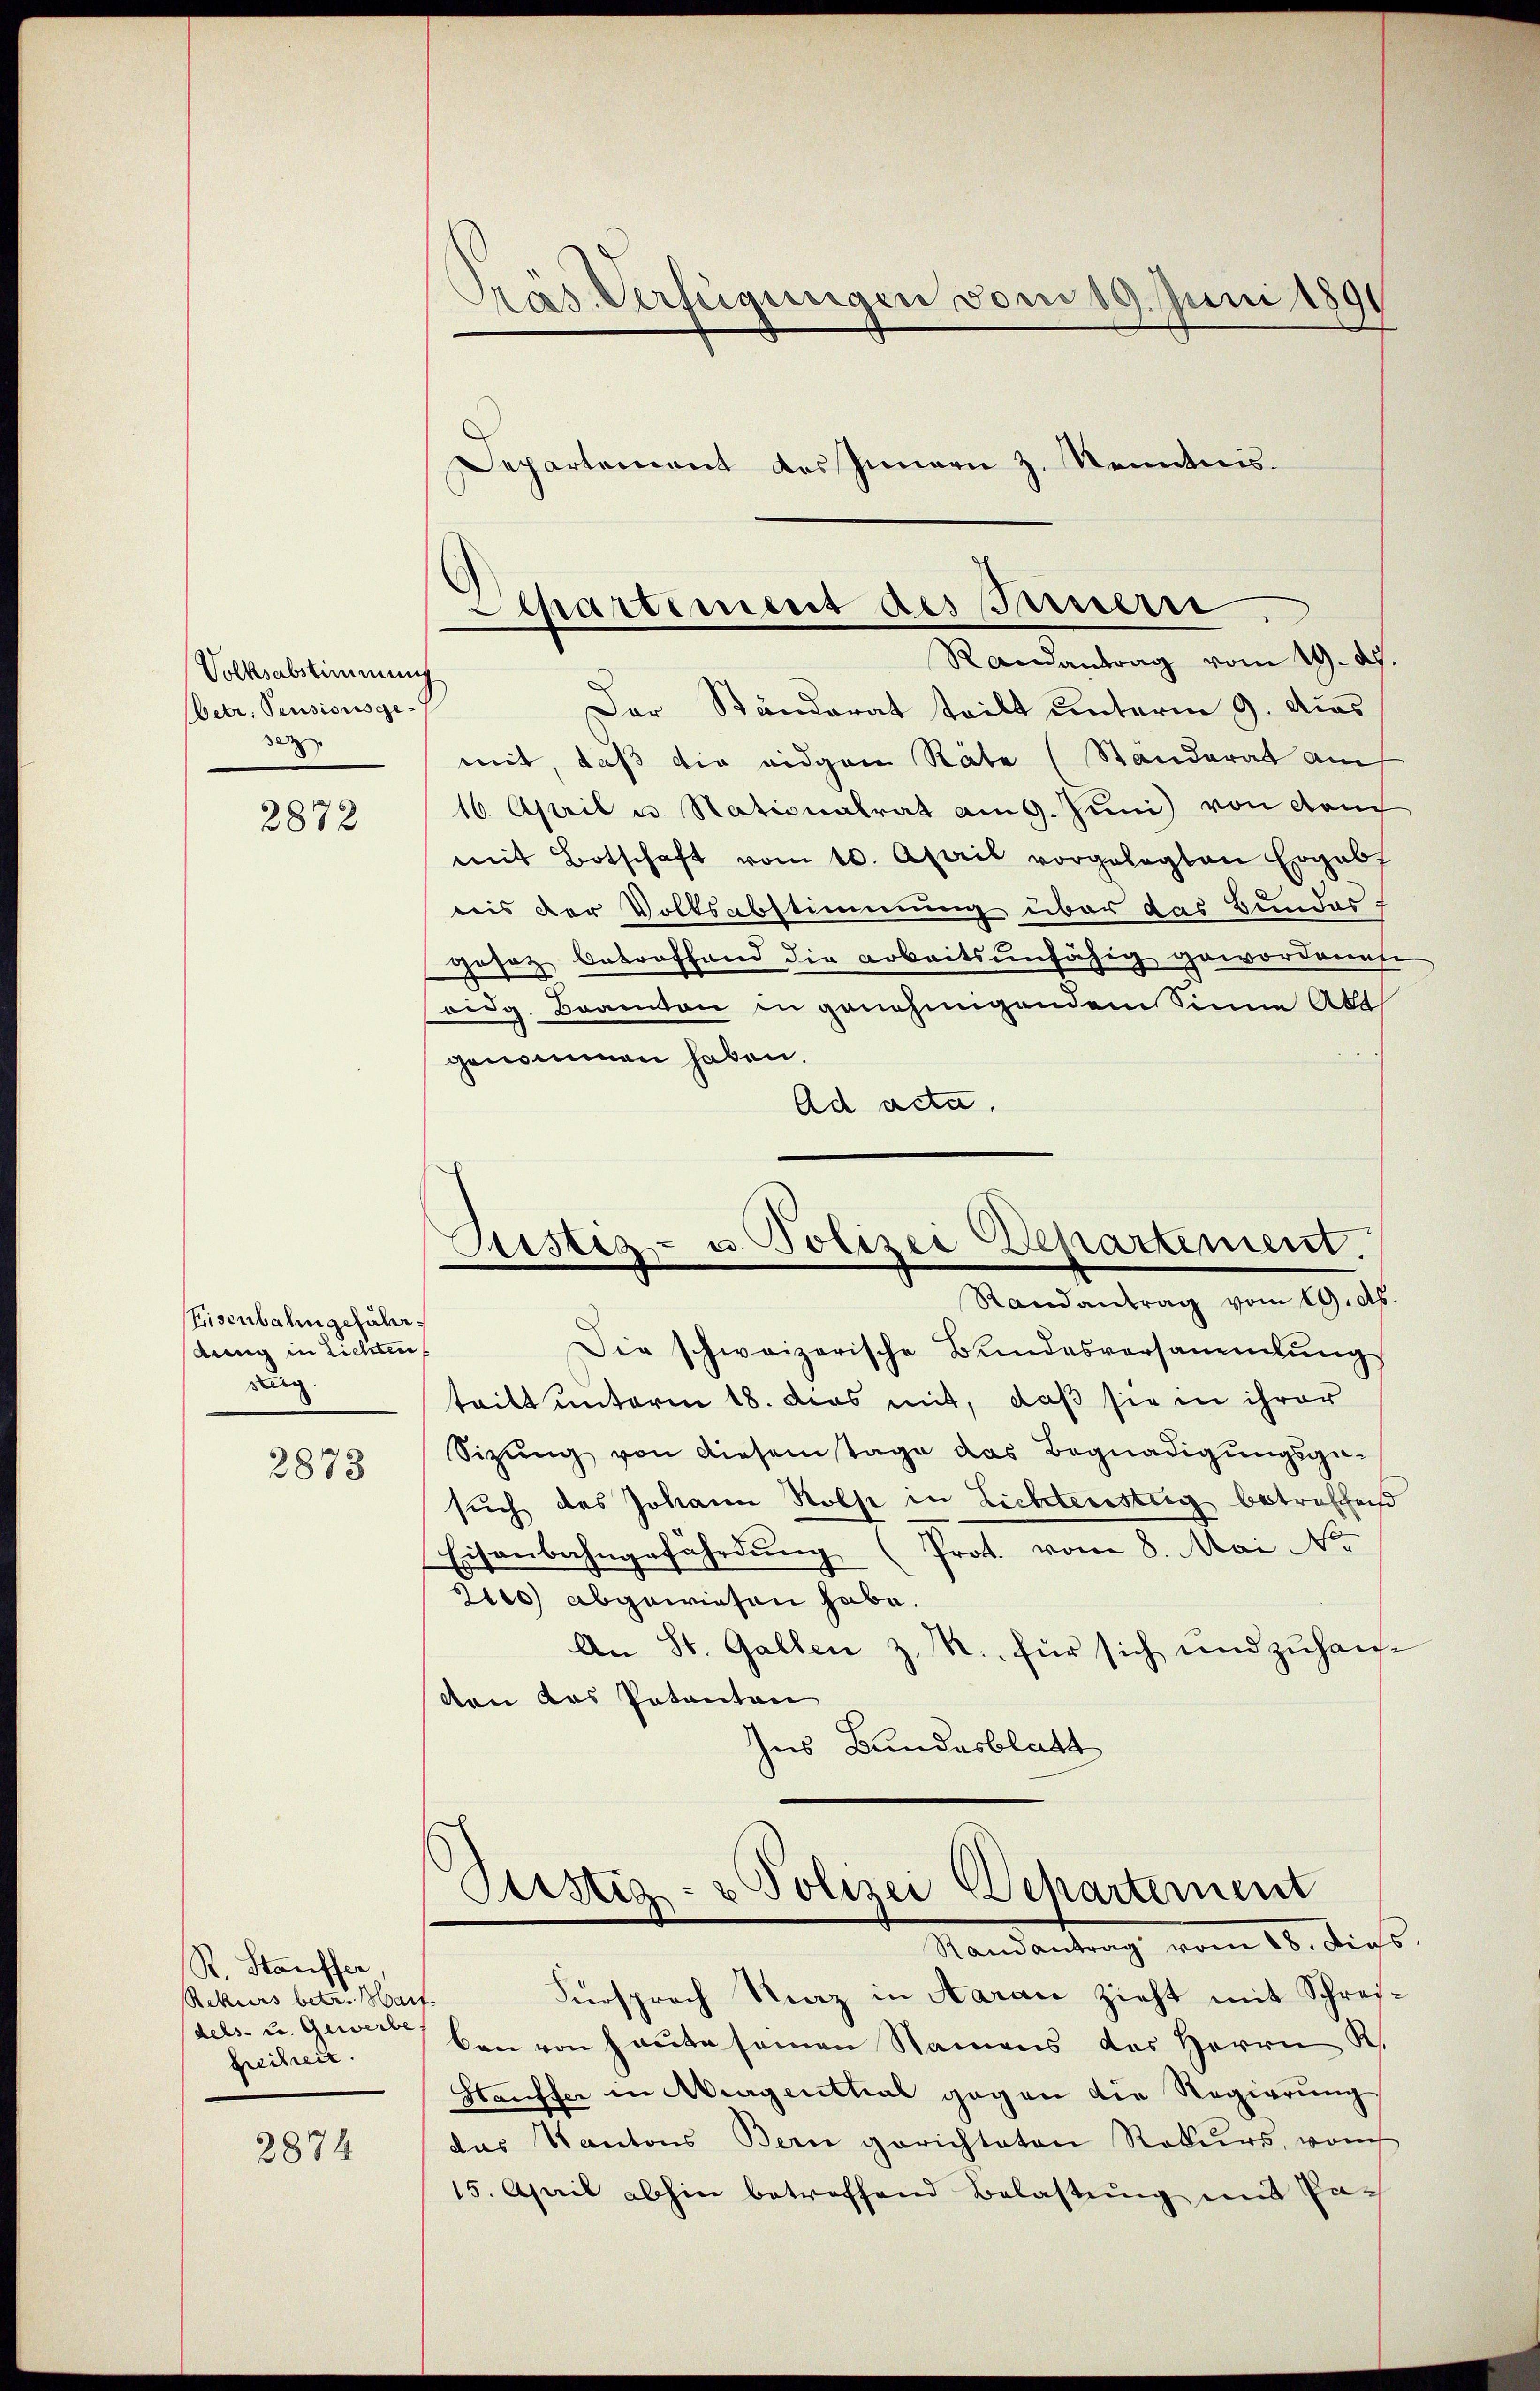
Volksabstimmung
betr. Pensionsgese

2872

Eisenbahngefährdung in Lichten
Berg

2873

R. Stauffer
Rekurs betr. Man
dels- u. Gewerbe
freiheit.

2874

Präs. Verfügungen vom 19. Juni 1891
Departement des Innern z. Kenntnis.

Der Ständerat teilt unterm 9. Aus
mit, daß die eidgen Räte (Standerat am
16. April u. Stationalrat am 9. Juni von dem
mit Botschaft vom 10. April vorgelegten Ergabt
nis der Volksabstimmung über das Bundes-
gesetz betroffend die arbeitsunfähig gewordenen
oidg. Brandon in genehmigendem Sinne Abt
genommen haben.
Ad acta,
Die schweizerische Bundesversammlung
tritt unterm 18. Das mit, daß sie in ihrer
Sizŭng von diesem tage das Begnadigŭngsge-
such des Johann Rolf in Lichtersteig betreffend
Eisenbahngefährdung (Prot. vom 8. Mai Nr.
2110) abgewiesen habe.
An St. Gallen z. R. für sich und zuhanvon das Patanton
Ins Bundesblatt
Justiz- & Polizei Departement
Randantrag vom 16. dies
Fürsprach Kraz in Aarau Zieht mit Schreit.
ben von heute seinen Namens des Herrn K.
Stauffer in Mengerttial gegen die Regierung
das Kantons Bern gerichteten Rekurs, von
15. April abhin betreffend Belastŭng und Pa¬

Departement des Innern
Randantrag vom 19. Ap

Austiz- u. Polizei Departement.
Randantrag vom 19. Ab.